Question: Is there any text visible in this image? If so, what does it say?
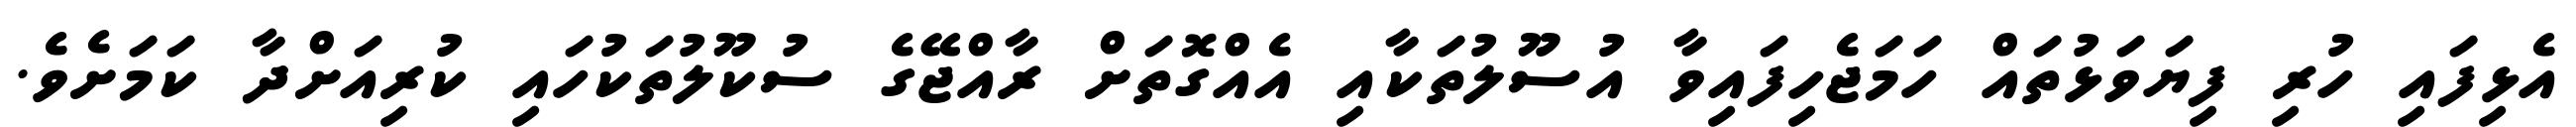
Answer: އެޅިފައި ހުރި ފިޔަވަޅުތައް ހަމަޖެހިފައިވާ އުސޫލުތަކާއި އެއްގޮތަށް ރާއްޖޭގެ ސުކޫލުތަކުހައި ކުރިއަށްދާ ކަމަށެވެ.